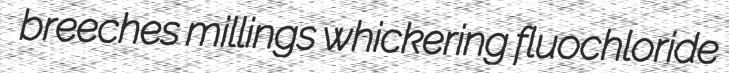
breeches millings whickering fluochloride